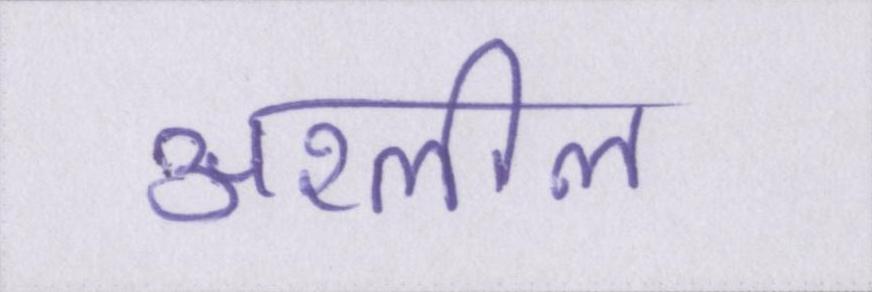
अश्लील